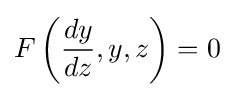
F\left({\frac {dy}{dz}},y,z\right)=0